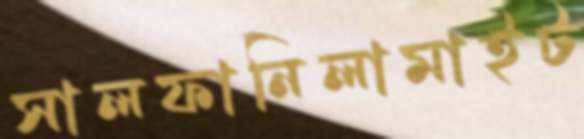
সালফানিলামাইট